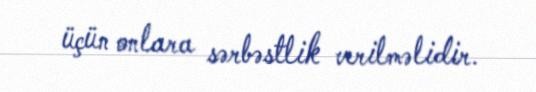
üçün onlara sərbəstlik verilməlidir.